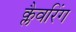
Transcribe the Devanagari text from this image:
क्लैवरिंग